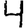
Digit: 4